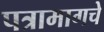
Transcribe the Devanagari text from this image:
पत्रामागचे